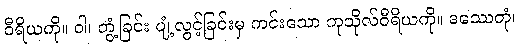
ဝီရိယကို။ ဝါ၊ တွံ့ခြင်း ပျံ့လွင့်ခြင်းမှ ကင်းသော ကုသိုလ်ဝီရိယကို။ ဒဿေတုံ၊